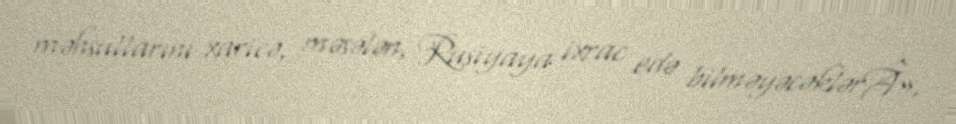
məhsullarını xaricə, məsələn, Rusiyaya ixrac edə bilməyəcəklərÂ».